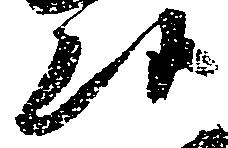
候